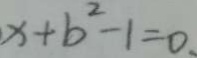
x + b ^ { 2 } - 1 = 0 .